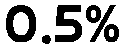
0.5%